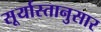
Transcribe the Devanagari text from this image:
सूर्यास्तानुसार